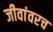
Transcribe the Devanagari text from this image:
जीवांवरच